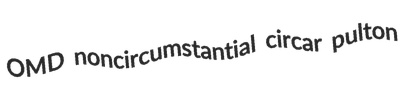
OMD noncircumstantial circar pulton